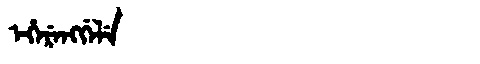
Manchu: ᡝᡥᡝᡵᡝᠩᡤᡝᠯᡝ
Romanization: EHERENGGELE